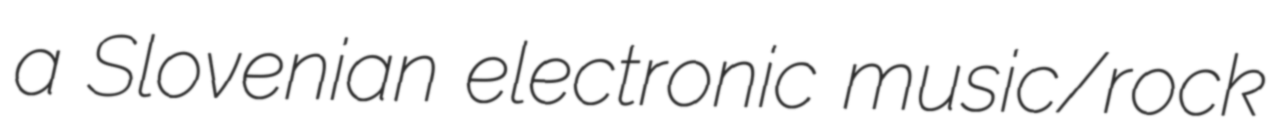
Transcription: a Slovenian electronic music/rock